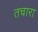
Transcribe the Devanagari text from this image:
तचारा